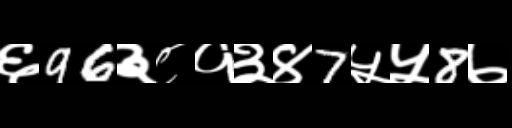
Text: ६96३८१३४7५५8७